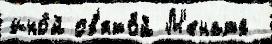
ино́й св'ято́й М'ената